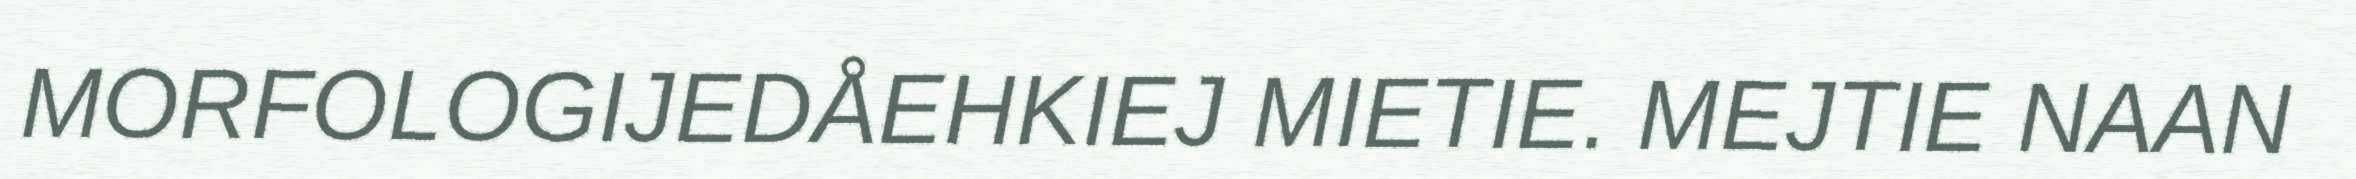
MORFOLOGIJEDÅEHKIEJ MIETIE. MEJTIE NAAN